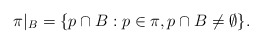
\begin{align*} \pi|_B = \{p \cap B : p \in \pi, p \cap B \neq \emptyset\}.\end{align*}